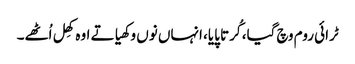
ٹرائی روم وچ گیا، کُرتا پایا، انہاں نوں وکھیا تے اوہ کھِل اُٹھے۔